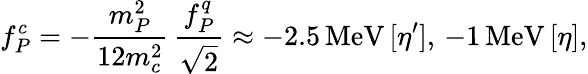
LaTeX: f_{P}^{c}=-\frac{m_{P}^{2}}{12m_{c}^{2}}\, \frac{f_{P}^{q}}{\sqrt{2}}\approx-2.5\, \mathrm{MeV}\, [\eta^{\prime}],\, -1\, \mathrm{MeV}\, [\eta],